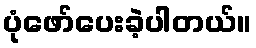
ပုံဖော်ပေးခဲ့ပါတယ်။